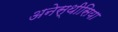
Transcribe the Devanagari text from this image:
अनेस्थीसिया